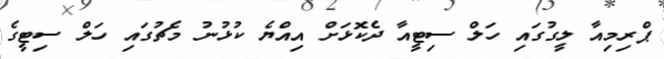
ޕްރިމިއާ ލީގުގައި ހަލް ސިޓީއާ ދެކޮޅަށް އިއްޔެ ކުޅުނު މެޗުގައި ހަލް ސިޓީގެ